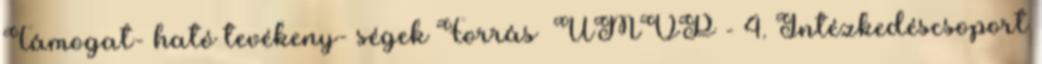
Támogat- ható tevékeny- ségek Forrás ▪ÚMVP - 4. Intézkedéscsoport